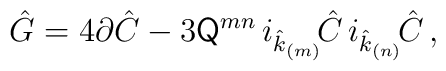
\hat{G}= 4\partial \hat{C} -3\mathsf{Q}^{mn}\,i_{\hat{k}_{\scriptscriptstyle (m)}}\!\hat{C}\,i_{\hat{k}_{\scriptscriptstyle (n)}}\!\hat{C}\, ,